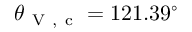
\theta _ { \mathrm { ~ V ~ , ~ c ~ } } = 1 2 1 . 3 9 ^ { \circ }